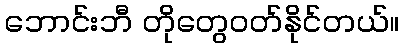
ဘောင်းဘီ တိုတွေဝတ်နိုင်တယ်။